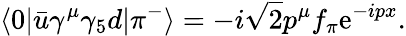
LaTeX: \langle 0|\bar{u}\gamma^{\mu}\gamma_{5}d|\pi^{-}\rangle=-i\sqrt{2}p^{\mu}f_{\pi}\mathrm{e}^{-ipx}.